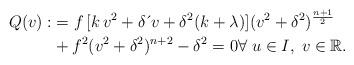
LaTeX: \begin{align*}Q(v): & =f\,[k\,v^{2}+\delta \,\acute{}\,v+\delta^{2}(k+\lambda)](v^{2}+\delta^{2})^{\frac{n+1}{2}}\\& +f^{2}(v^{2}+\delta^{2})^{n+2}-\delta^{2}=0\forall \;u\in I,\;v\in\mathbb{R}.\end{align*}